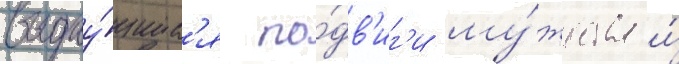
выдау́щиес'я по́дв'иг'и му́жества и́